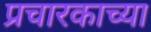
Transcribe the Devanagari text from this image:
प्रचारकाच्या